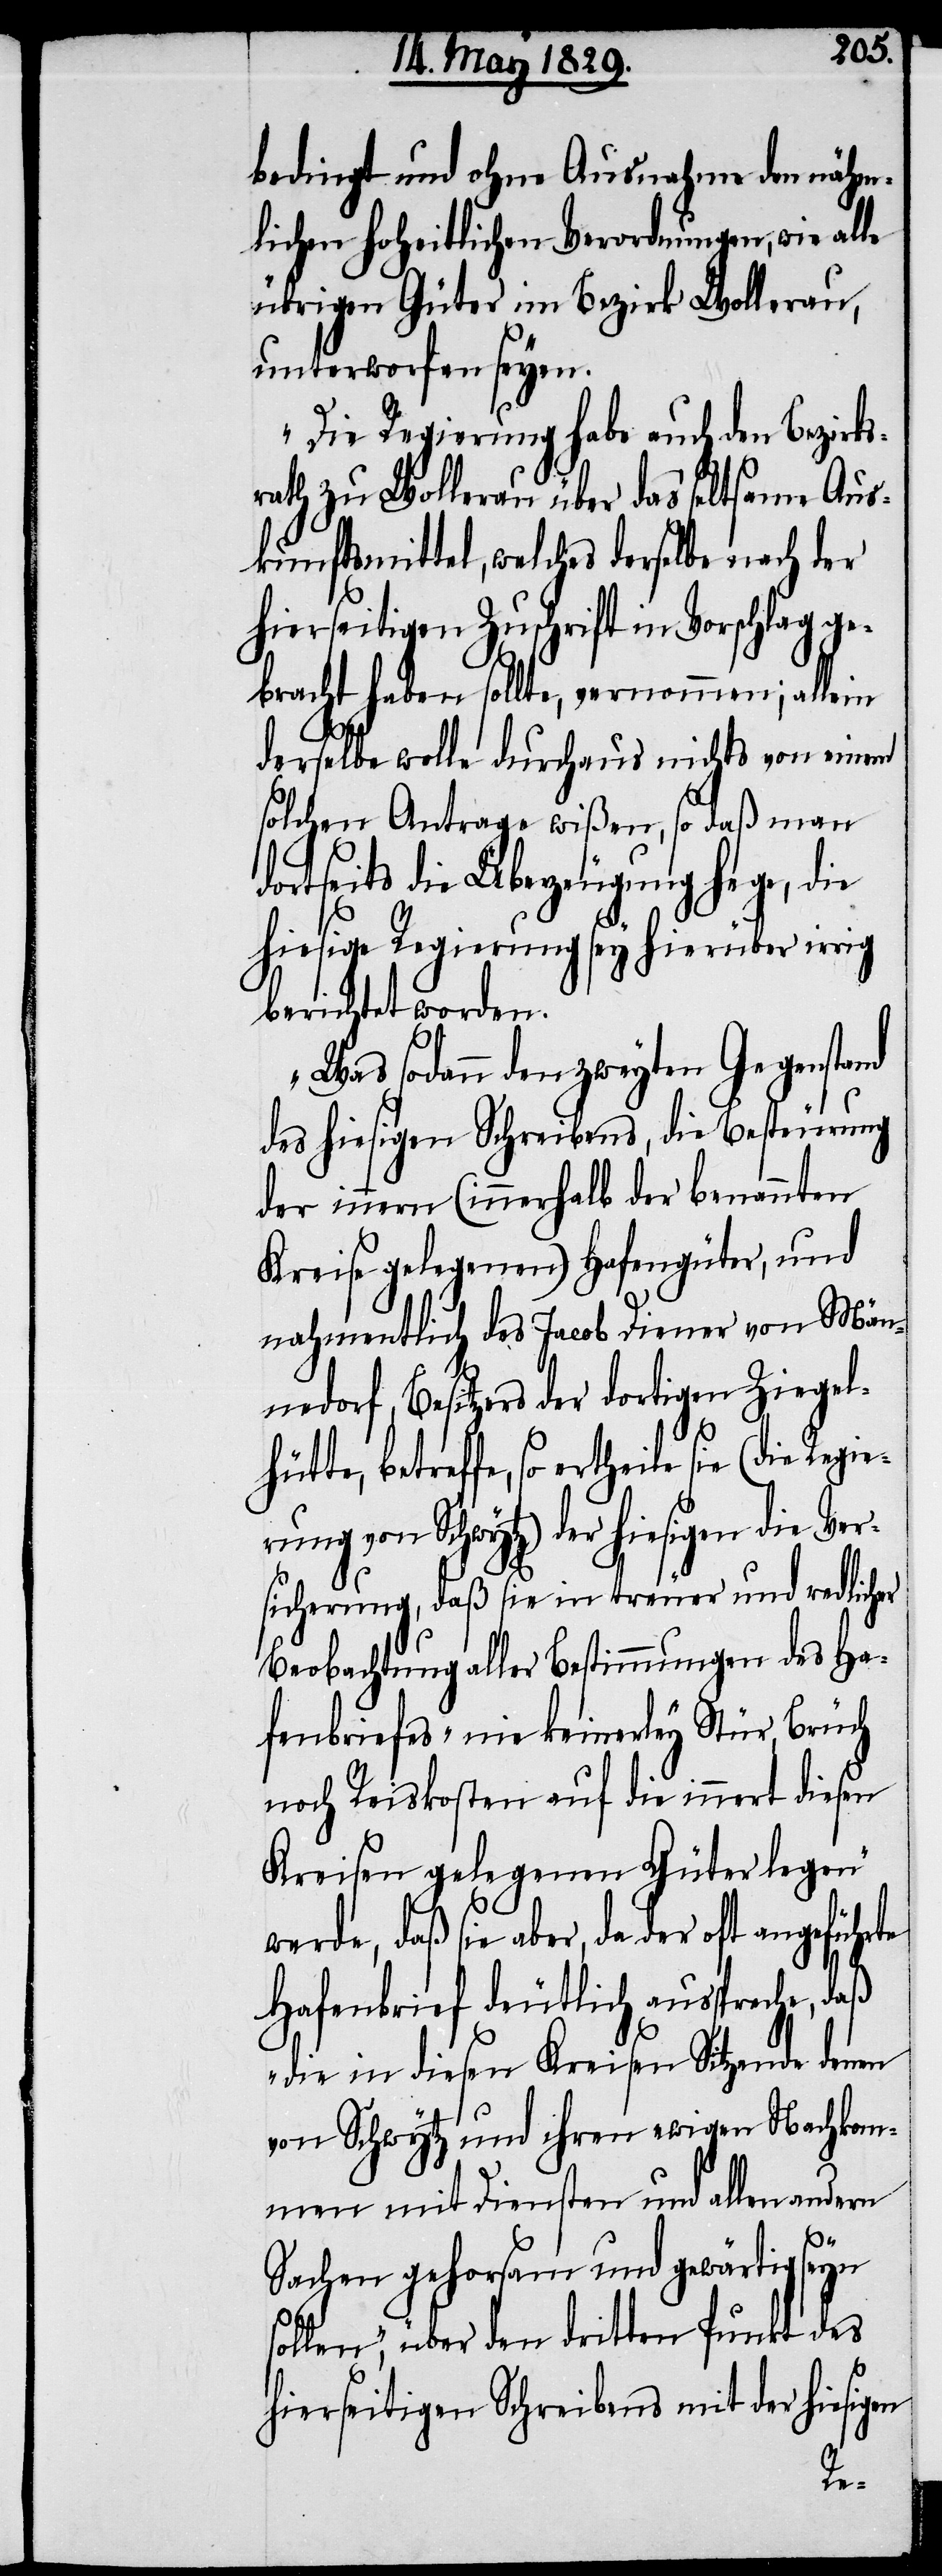
bedingt und ohne Ausnahme den nähm¬
lichen hoheitlichen Verordnungen, wie alle
übrigen Güter im Bezirk Wollerau,
unterworfen seyen.
Die Regierung habe auch den Bezirks¬
rath zu Wollerau über das seltsame Aus¬
kunftsmittel, welches derselbe nach der
hierseitigen Zuschrift in Vorschlag ge¬
bracht haben sollte, vernommen; allein
derselbe wolle durchaus nichts von einem
solchen Antrage wißen, so daß man
dortseits die Überzeugung hege, die
hiesige Regierung sey hierüber irrig
berichtet worden.
Was sodann den zweyten Gegenstand
des hiesigen Schreibens, die Besteurung
der innern (innerhalb der benannten
Kreise gelegenen) Hafengüter, und
nahmentlich des Jacob Diener von Män¬
nedorf, Besitzer der dortigen Ziegel¬
hütte, betreffe, so ertheile sie (die
rung von Schwytz) der hiesigen die Ver¬
sicherung, daß sie in treuer und redlicher
Beobachtung aller Bestimmungen des Ha¬
fenbriefes „nie keinerley Stür, Brüch
noch Reisekosten auf die innert diesen
Kreisen gelegenen Güter legen“
werde, daß sie aber, da der oft angeführte
Hafenbrief deutlich ausspreche,
„die im diesen Kreisen Sitzende denen
von Schwytz und ihren ewigen Nachkom¬
men mit Diensten und allen andern
Sachen gehorsam und gewärtig seyn
sollen“, über den dritten Punkt des
hierseitigen Schreibens mit der hiesigen
ie¬